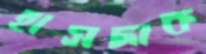
হাসদাক